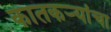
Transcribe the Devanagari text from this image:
कातकऱ्यांचा